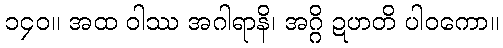
၁၄၀။ အထ ဝါဿ အဂါရာနိ၊ အဂ္ဂိ ဍဟတိ ပါဝကော။